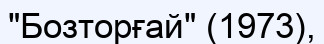
"Бозторғай" (1973),